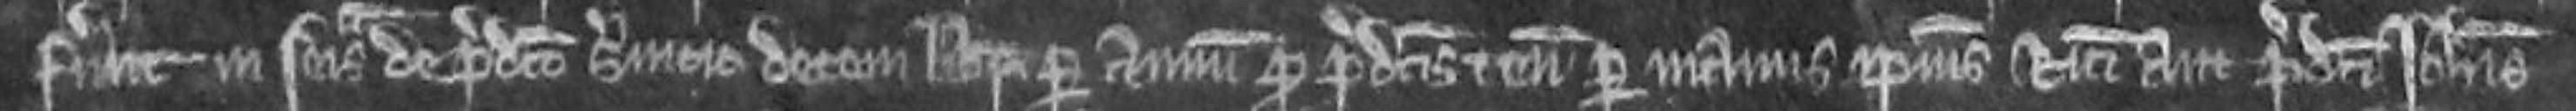
fuerunt in seisina de predicto servicio decem librarum per annum pro predictis tenementis per manus ipsius Ricardi aut predicti Johannis